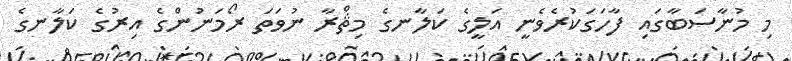
މި މުނާސަބާގައި ފާހަގަކުރެވެނީ އަލީގެ ކަލާނގެ މިޘްރާ ނުވަތަ ރޯމަނުންގެ އިރުގެ ކަލާނގެ